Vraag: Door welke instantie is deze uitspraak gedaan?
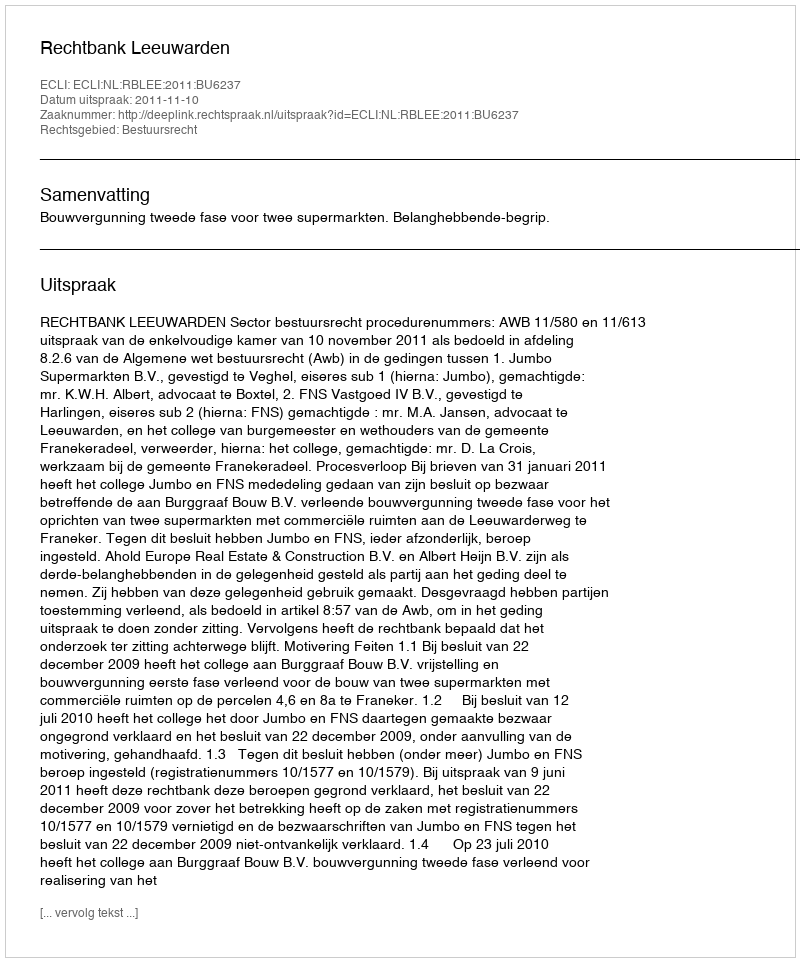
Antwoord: Rechtbank Leeuwarden